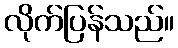
လိုက်ပြန်သည်။